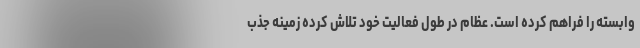
وابسته را فراهم کرده است. عظام در طول فعالیت خود تلاش کرده زمینه جذب